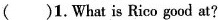
( )1.What is Rico good at?